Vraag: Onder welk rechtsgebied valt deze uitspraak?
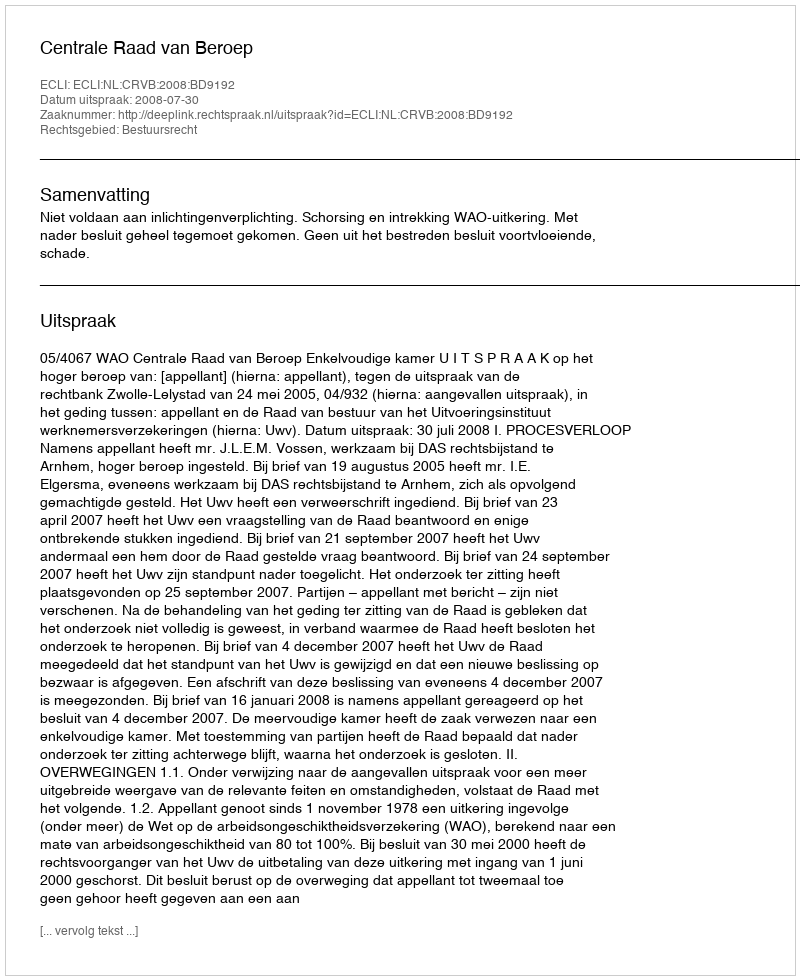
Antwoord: Bestuursrecht